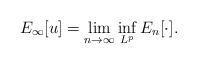
LaTeX: \begin{align*}E_\infty[u] = \lim_{n\to\infty} \inf_{L^p} E_n[\cdot].\end{align*}